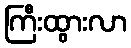
ကြီးထွားလာ